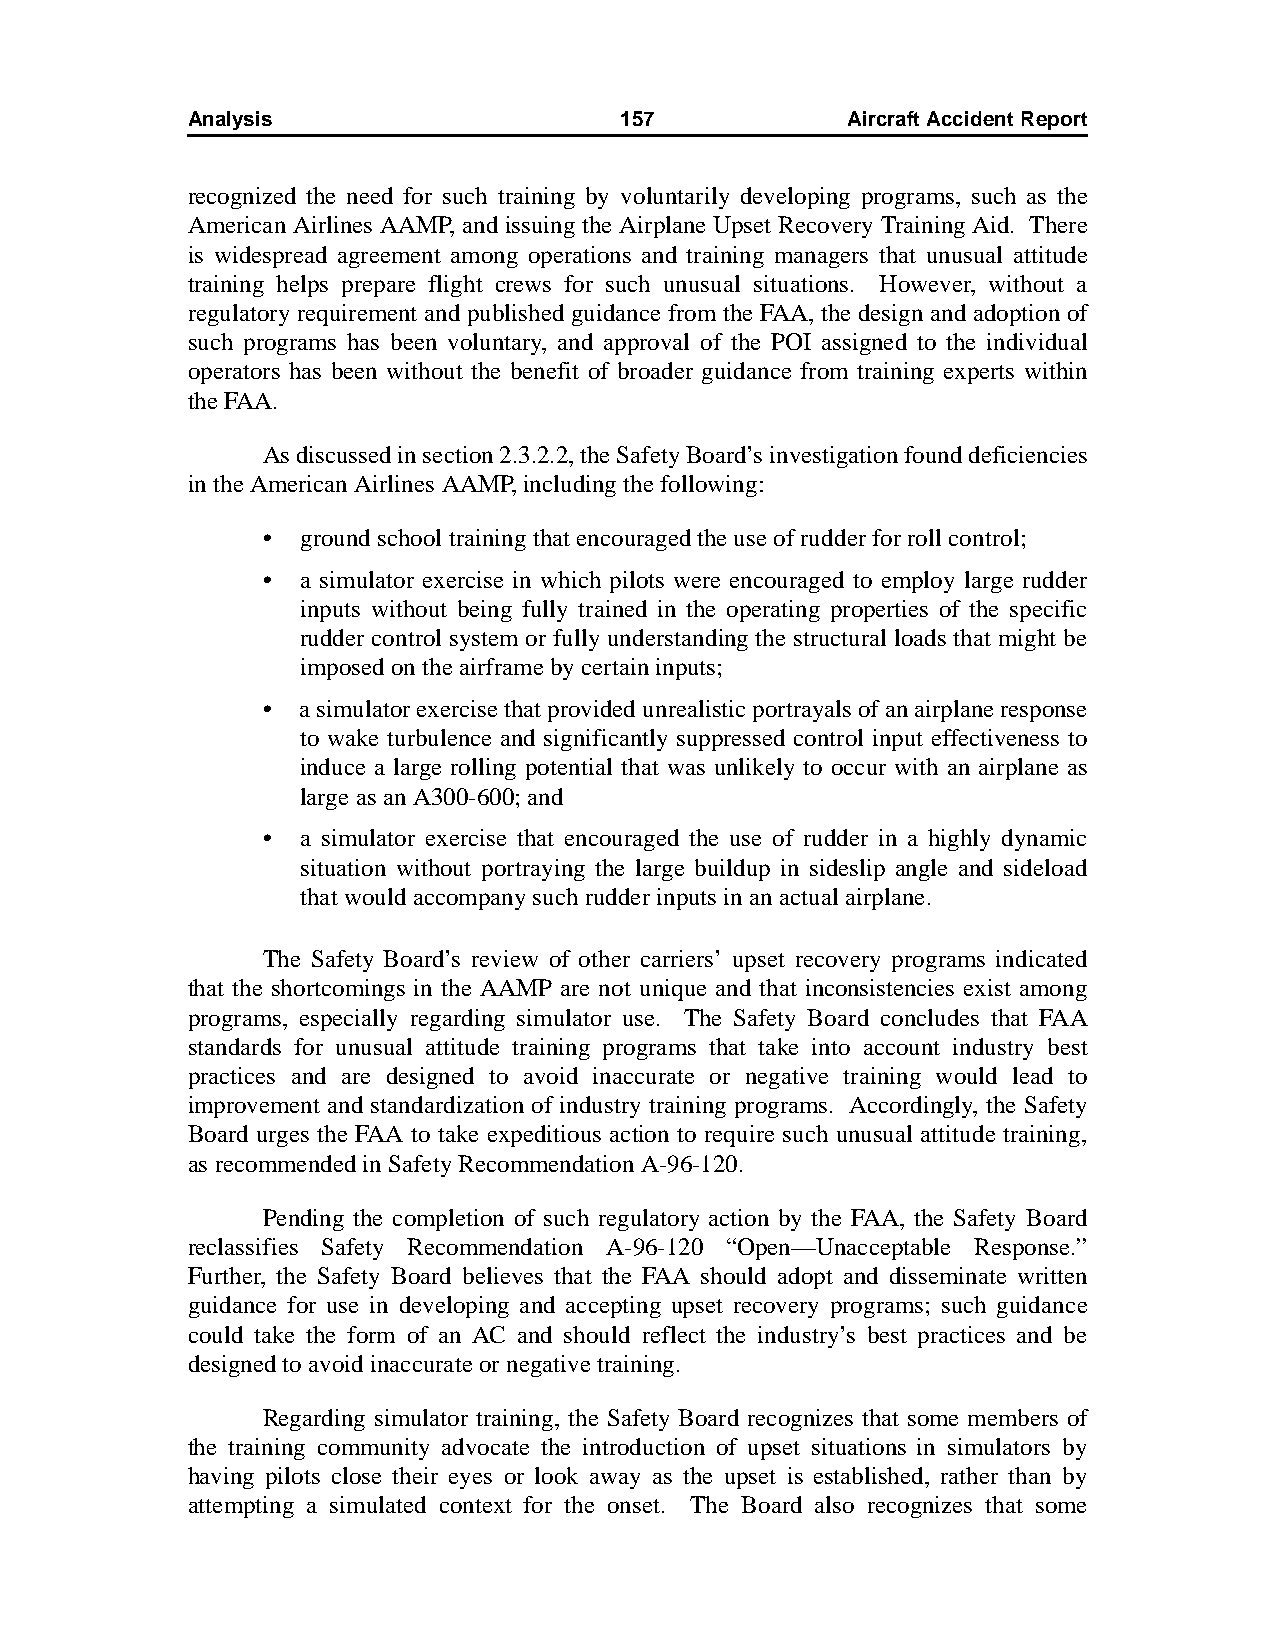
Analysis                     157            AircraftAccidentReport
 recognized the need for such training by voluntarily developing programs, such as the
 American Airlines AAMP, and issuing the Airplane Upset Recovery Training Aid. There
 is widespread agreement among operations and training managers that unusual attitude
 training helps prepare flight crews for such unusual situations. However, without a
 regulatory requirement and published guidance from the FAA, the design and adoption of
 such programs has been voluntary, and approval of the POI assigned to the individual
 operators has been without the benefit of broader guidance from training experts within
 the FAA.
 As discussed in section 2.3.2.2, the Safety Board’s investigation found deficiencies
 in the American Airlines AAMP, including the following:
 •  ground school training that encouraged the use of rudder for roll control;
 •  a simulator exercise in which pilots were encouraged to employ large rudder
 inputs without being fully trained in the operating properties of the specific
 rudder control system or fully understanding the structural loads that might be
 imposed on the airframe by certain inputs;
 •  a simulator exercise that provided unrealistic portrayals of an airplane response
 to wake turbulence and significantly suppressed control input effectiveness to
 induce a large rolling potential that was unlikely to occur with an airplane as
 large as an A300-600; and
 •  a simulator exercise that encouraged the use of rudder in a highly dynamic
 situation without portraying the large buildup in sideslip angle and sideload
 that would accompany such rudder inputs in an actual airplane.
 The Safety Board’s review of other carriers’ upset recovery programs indicated
 that the shortcomings in the AAMP are not unique and that inconsistencies exist among
 programs, especially regarding simulator use. The Safety Board concludes that FAA
 standards for unusual attitude training programs that take into account industry best
 practices and are designed to avoid inaccurate or negative training would lead to
 improvement and standardization of industry training programs. Accordingly, the Safety
 Board urges the FAA to take expeditious action to require such unusual attitude training,
 as recommended in Safety Recommendation A-96-120.
 Pending the completion of such regulatory action by the FAA, the Safety Board
 reclassifies Safety Recommendation A-96-120 “Open—Unacceptable Response.”
 Further, the Safety Board believes that the FAA should adopt and disseminate written
 guidance for use in developing and accepting upset recovery programs; such guidance
 could take the form of an AC and should reflect the industry’s best practices and be
 designed to avoid inaccurate or negative training.
 Regarding simulator training, the Safety Board recognizes that some members of
 the training community advocate the introduction of upset situations in simulators by
 having pilots close their eyes or look away as the upset is established, rather than by
 attempting a simulated context for the onset. The Board also recognizes that some